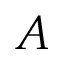
A